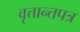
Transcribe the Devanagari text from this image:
वृत्तान्तपत्र